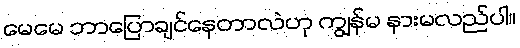
မေမေ ဘာပြောချင်နေတာလဲဟု ကျွန်မ နားမလည်ပါ။